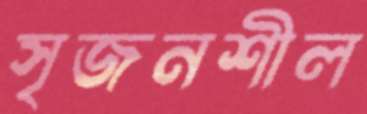
সৃজনশীল